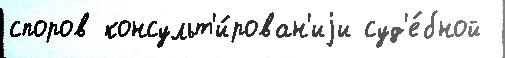
споров консульт'и́рован'иjи суд'е́бной